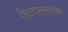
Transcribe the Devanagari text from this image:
चिताभस्मालेपो